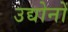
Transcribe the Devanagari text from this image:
उद्योनों